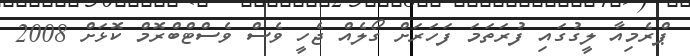
ޕްރެމިއާ ލީގުގައި ފުރަތަމަ ފަހަރަށް ގޯލެއް ޖެހީ ވެސް ވެސްޓްބްރޮމް ކޮޅަށް 2008